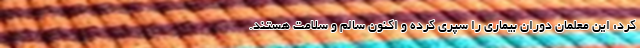
کرد: این معلمان دوران بیماری را سپری کرده و اکنون سالم و سلامت هستند.